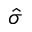
\hat { \sigma }